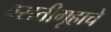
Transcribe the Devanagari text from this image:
वसतीगृहाचे